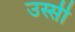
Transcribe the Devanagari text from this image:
उस्सी